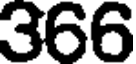
366